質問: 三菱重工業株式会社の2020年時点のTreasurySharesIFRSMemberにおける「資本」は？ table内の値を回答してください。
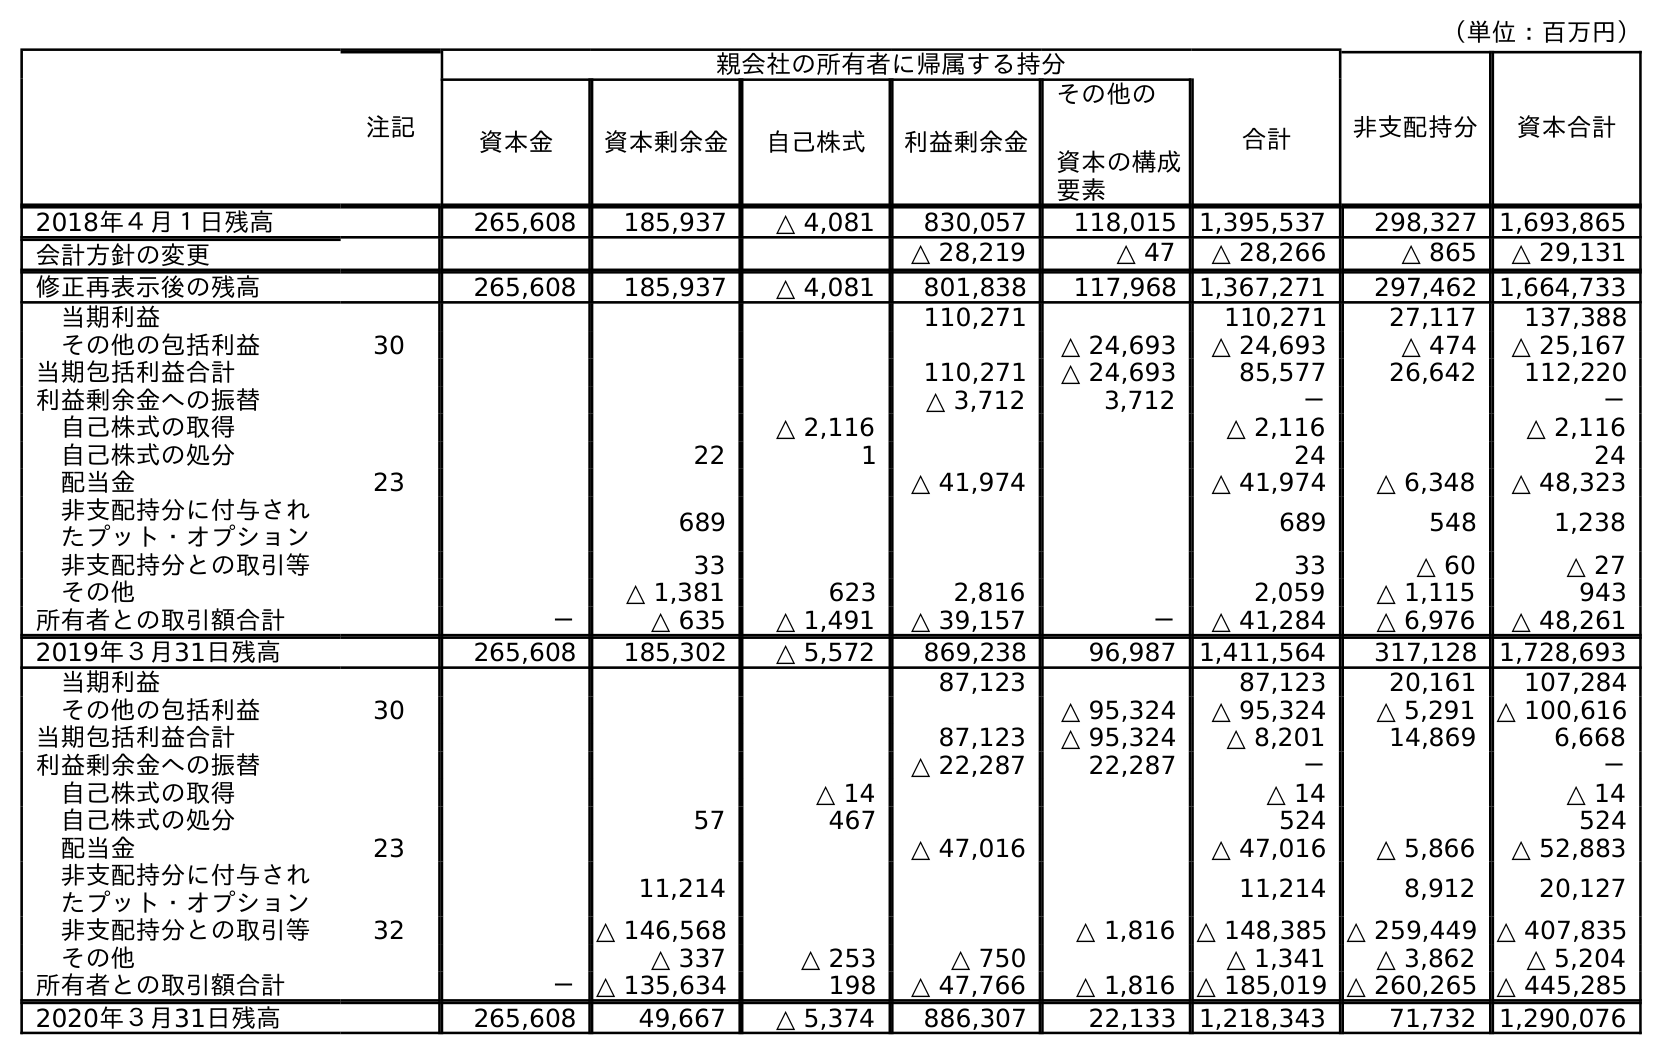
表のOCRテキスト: （単位：百万円） 注記 親会社の所有者に帰属する持分 非支配持分 資本合計 資本金 資本剰余金 自己株式 利益剰余金 その他の 資本の構成 要素 合計 2018年４月１日残高 265,608 185,937 △ 4,081 830,057 118,015 1,395,537 298,327 1,693,865 会計方針の変更 △ 28,219 △ 47 △ 28,266 △ 865 △ 29,131 修正再表示後の残高 265,608 185,937 △ 4,081 801,838 117,968 1,367,271 297,462 1,664,733 当期利益 110,271 110,271 27,117 137,388 その他の包括利益 30 △ 24,693 △ 24,693 △ 474 △ 25,167 当期包括利益合計 110,271 △ 24,693 85,577 26,642 112,220 利益剰余金への振替 △ 3,712 3,712 － － 自己株式の取得 △ 2,116 △ 2,116 △ 2,116 自己株式の処分 22 1 24 24 配当金 23 △ 41,974 △ 41,974 △ 6,348 △ 48,323 非支配持分に付与され たプット・オプション 689 689 548 1,238 非支配持分との取引等 33 33 △ 60 △ 27 その他 △ 1,381 623 2,816 2,059 △ 1,115 943 所有者との取引額合計 － △ 635 △ 1,491 △ 39,157 － △ 41,284 △ 6,976 △ 48,261 2019年３月31日残高 265,608 185,302 △ 5,572 869,238 96,987 1,411,564 317,128 1,728,693 当期利益 87,123 87,123 20,161 107,284 その他の包括利益 30 △ 95,324 △ 95,324 △ 5,291 △ 100,616 当期包括利益合計 87,123 △ 95,324 △ 8,201 14,869 6,668 利益剰余金への振替 △ 22,287 22,287 － － 自己株式の取得 △ 14 △ 14 △ 14 自己株式の処分 57 467 524 524 配当金 23 △ 47,016 △ 47,016 △ 5,866 △ 52,883 非支配持分に付与され たプット・オプション 11,214 11,214 8,912 20,127 非支配持分との取引等 32 △ 146,568 △ 1,816 △ 148,385 △ 259,449 △ 407,835 その他 △ 337 △ 253 △ 750 △ 1,341 △ 3,862 △ 5,204 所有者との取引額合計 － △ 135,634 198 △ 47,766 △ 1,816 △ 185,019 △ 260,265 △ 445,285 2020年３月31日残高 265,608 49,667 △ 5,374 886,307 22,133 1,218,343 71,732 1,290,076
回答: △5,374